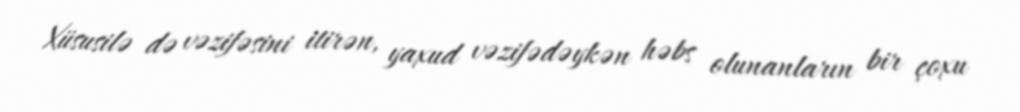
Xüsusilə də vəzifəsini itirən, yaxud vəzifədəykən həbs olunanların bir çoxu